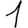
Digit: 1